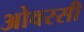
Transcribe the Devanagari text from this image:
ओवरसी